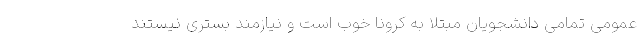
عمومی تمامی دانشجویانِ مبتلا به کرونا خوب است و نیازمند بستری نیستند